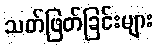
သတ်ဖြတ်ခြင်းများ